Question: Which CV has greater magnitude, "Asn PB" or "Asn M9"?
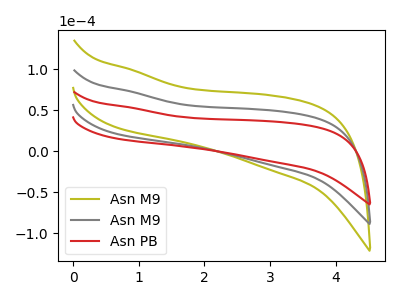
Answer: <think>The olive curve "Asn M9" has no peaks. The gray curve "Asn M9" has no peaks. The red curve "Asn PB" has no peaks.
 Neither "Asn PB" or "Asn M9" have any peaks.</think>
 <answer>I cant tell if "Asn PB" or "Asn M9" has more signal.</answer>
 <eval>mixed_signal</eval>